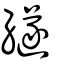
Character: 繸